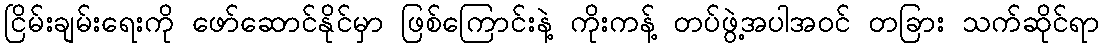
ငြိမ်းချမ်းရေးကို ဖော်ဆောင်နိုင်မှာ ဖြစ်ကြောင်းနဲ့ ကိုးကန့် တပ်ဖွဲ့အပါအဝင် တခြား သက်ဆိုင်ရာ